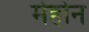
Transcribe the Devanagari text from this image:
मेहोन